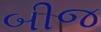
બીજ